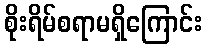
စိုးရိမ်စရာမရှိကြောင်း